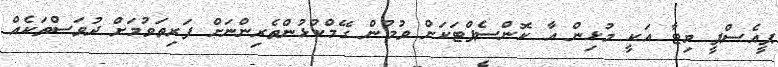
ޕީއެސްޕީ ވިޓާ އަކީ މުޅިން އާ ކޮންސެޕްޓަކަށް ވުމުން ގޭމްކުޅުންތެރިންނަށް ފަރިތަވުމަށް ދުވަސްތަކެއް